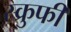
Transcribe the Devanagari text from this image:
स्क्रुफी